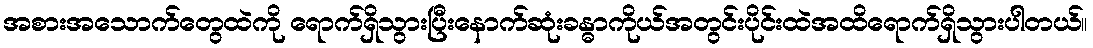
အစားအသောက်တွေထဲကို ရောက်ရှိသွားပြီးနောက်ဆုံးခန္ဓာကိုယ်အတွင်းပိုင်းထဲအထိရောက်ရှိသွားပါတယ်။